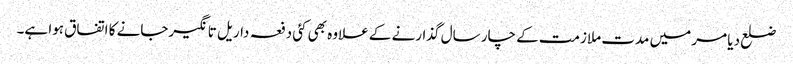
ضلع دیا مر میں مدت ملازمت کے چار سال گذارنے کے علاوہ بھی کئی دفعہ داریل تانگیرجانے کا اتفاق ہوا ہے۔